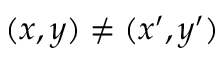
( x , y ) \neq ( x ^ { \prime } , y ^ { \prime } )